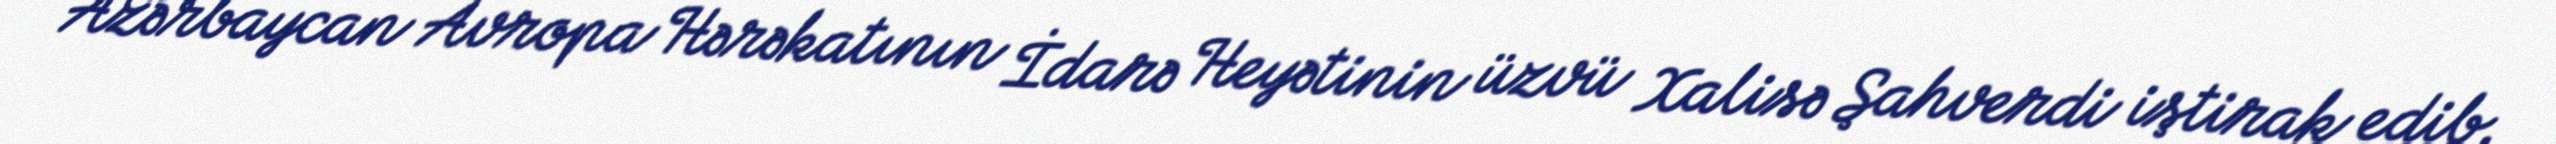
Azərbaycan Avropa Hərəkatının İdarə Heyətinin üzvü Xalisə Şahverdi iştirak edib.